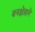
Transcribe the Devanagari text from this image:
वनक्षेत्राने